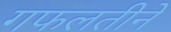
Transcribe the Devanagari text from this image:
गफलतीने